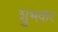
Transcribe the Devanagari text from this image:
शुभकर